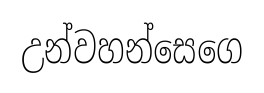
උන්වහන්සෙගෙ